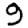
Digit: 9